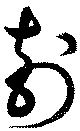
刻